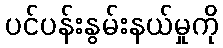
ပင်ပန်းနွမ်းနယ်မှုကို